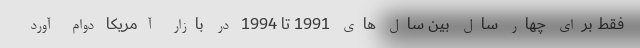
فقط برای چهار سال بین سال های 1991 تا 1994 در بازار آمریکا دوام آورد